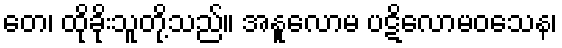
တေ၊ ထိုခိုးသူတို့သည်။ အနူလောမ ပဋိလောမဝသေန၊